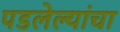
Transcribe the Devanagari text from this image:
पडलेल्यांचा